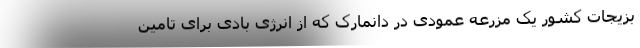
بزیجات کشور یک مزرعه عمودی در دانمارک که از انرژی بادی برای تامین